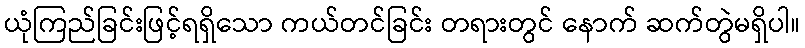
ယုံကြည်ခြင်းဖြင့်ရရှိသော ကယ်တင်ခြင်း တရားတွင် နောက် ဆက်တွဲမရှိပါ။